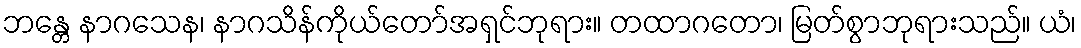
ဘန္တေ နာဂသေန၊ နာဂသိန်ကိုယ်တော်အရှင်ဘုရား။ တထာဂတော၊ မြတ်စွာဘုရားသည်။ ယံ၊